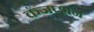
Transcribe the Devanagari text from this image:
कंजप्शन